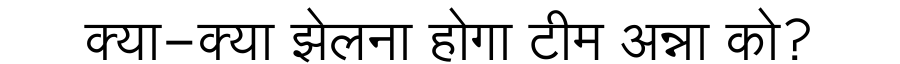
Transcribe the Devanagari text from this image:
क्या-क्या झेलना होगा टीम अन्ना को?